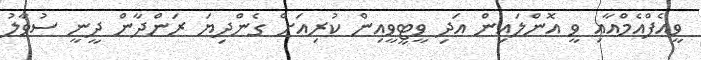
ވީއެފްއެމްއާއި ވީ އޮންލައިން އަދި ވީޓީވީއިން ކުރިއަށް ގެންދިޔަ ރަންދާން ދީނީ ސުވާލު